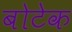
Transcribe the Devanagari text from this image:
बोटेक